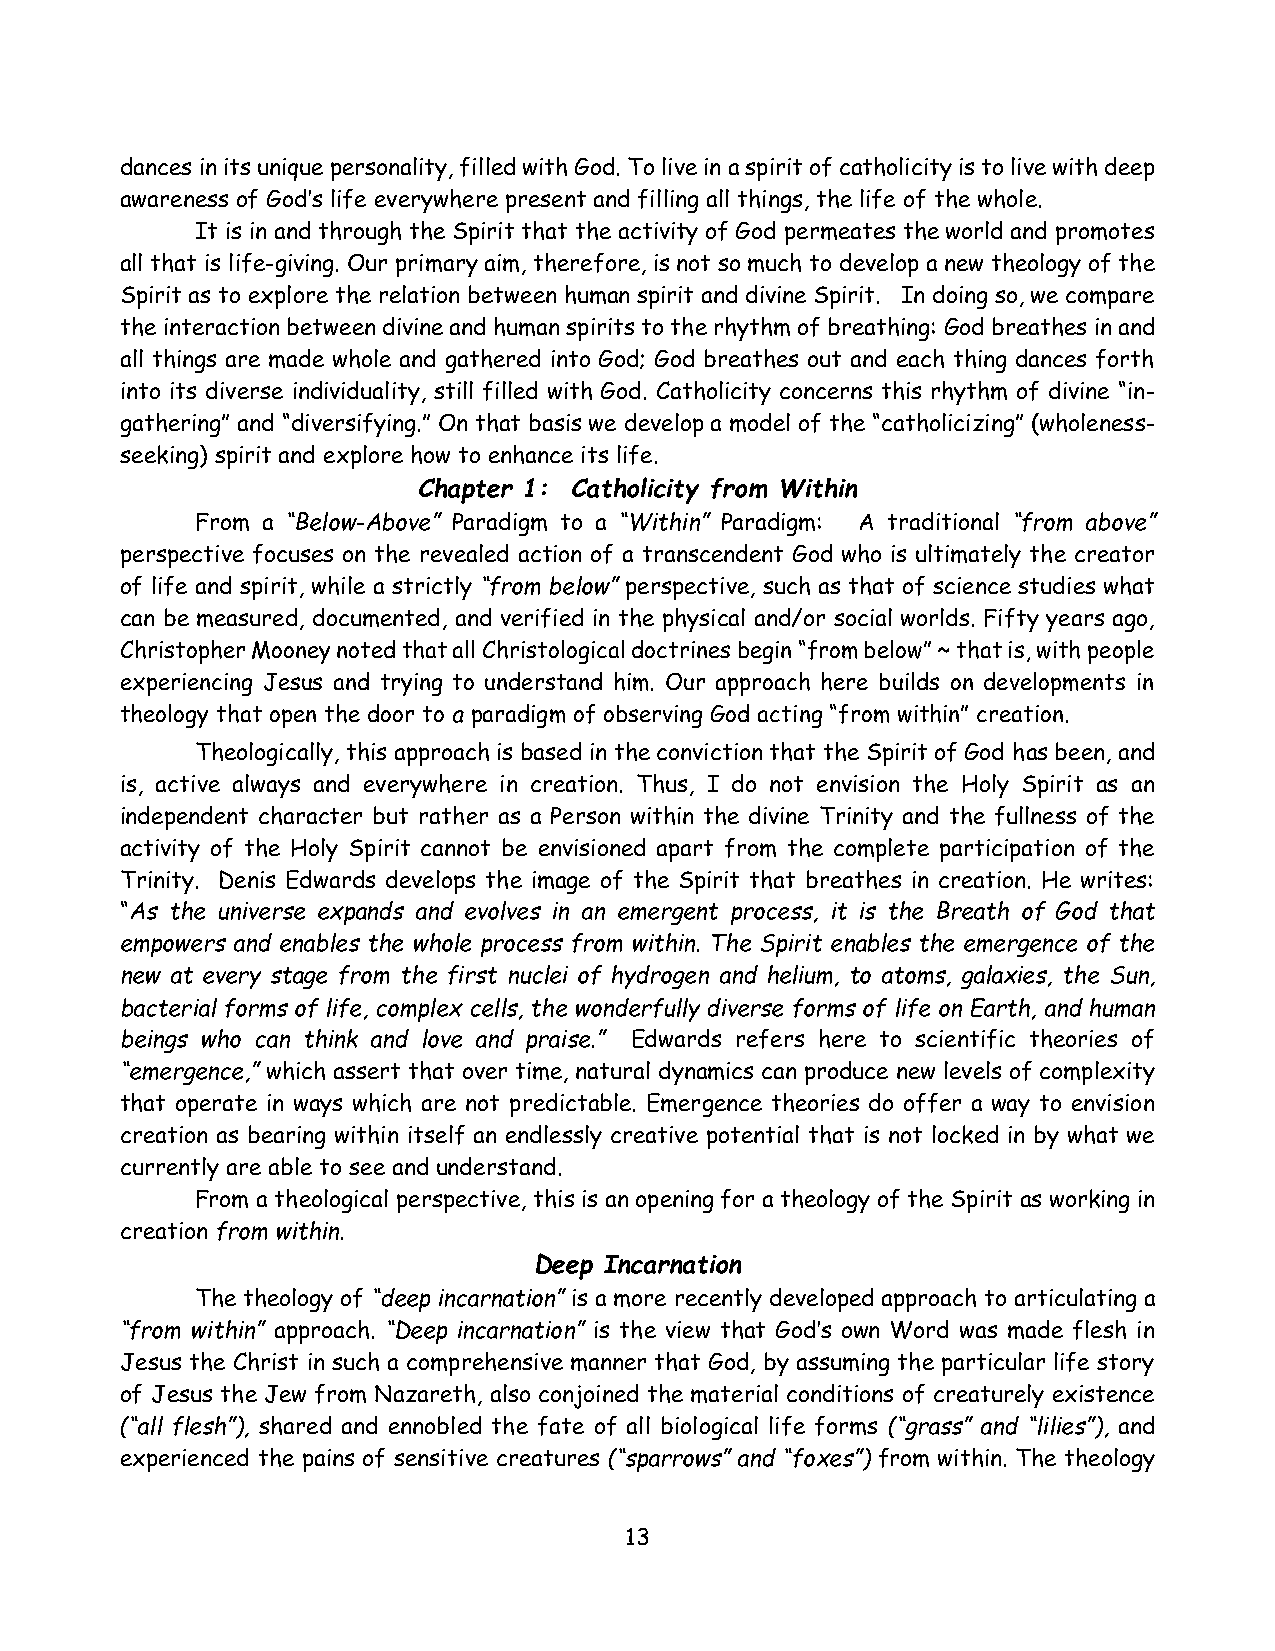
dances in its unique personality, filled with God. To live in a spirit of catholicity is to live with deep
 awareness of God’s life everywhere present and filling all things, the life of the whole.
 It is in and through the Spirit that the activity of God permeates the world and promotes
 all that is life-giving. Our primary aim, therefore, is not so much to develop a new theology of the
 Spirit as to explore the relation between human spirit and divine Spirit. In doing so, we compare
 the interaction between divine and human spirits to the rhythm of breathing: God breathes in and
 all things are made whole and gathered into God; God breathes out and each thing dances forth
 into its diverse individuality, still filled with God. Catholicity concerns this rhythm of divine “in-
 gathering” and “diversifying.” On that basis we develop a model of the “catholicizing” (wholeness-
 seeking) spirit and explore how to enhance its life.
 Chapter 1: Catholicity from Within
 From a “Below-Above” Paradigm to a “Within” Paradigm: A traditional “from above”
 perspective focuses on the revealed action of a transcendent God who is ultimately the creator
 of life and spirit, while a strictly “from below” perspective, such as that of science studies what
 can be measured, documented, and verified in the physical and/or social worlds. Fifty years ago,
 Christopher Mooney noted that all Christological doctrines begin “from below” ~ that is, with people
 experiencing Jesus and trying to understand him. Our approach here builds on developments in
 theology that open the door to a paradigm of observing God acting “from within” creation.
 Theologically, this approach is based in the conviction that the Spirit of God has been, and
 is, active always and everywhere in creation. Thus, I do not envision the Holy Spirit as an
 independent character but rather as a Person within the divine Trinity and the fullness of the
 activity of the Holy Spirit cannot be envisioned apart from the complete participation of the
 Trinity. Denis Edwards develops the image of the Spirit that breathes in creation. He writes:
 “As the universe expands and evolves in an emergent process, it is the Breath of God that
 empowers and enables the whole process from within. The Spirit enables the emergence of the
 new at every stage from the first nuclei of hydrogen and helium, to atoms, galaxies, the Sun,
 bacterial forms of life, complex cells, the wonderfully diverse forms of life on Earth, and human
 beings who can think and love and praise.” Edwards refers here to scientific theories of
 “emergence,” which assert that over time, natural dynamics can produce new levels of complexity
 that operate in ways which are not predictable. Emergence theories do offer a way to envision
 creation as bearing within itself an endlessly creative potential that is not locked in by what we
 currently are able to see and understand.
 From a theological perspective, this is an opening for a theology of the Spirit as working in
 creation from within.
 Deep Incarnation
 The theology of “deep incarnation” is a more recently developed approach to articulating a
 “from within” approach. “Deep incarnation” is the view that God’s own Word was made flesh in
 Jesus the Christ in such a comprehensive manner that God, by assuming the particular life story
 of Jesus the Jew from Nazareth, also conjoined the material conditions of creaturely existence
 (“all flesh”), shared and ennobled the fate of all biological life forms (“grass” and “lilies”), and
 experienced the pains of sensitive creatures (“sparrows” and “foxes”) from within. The theology
 13